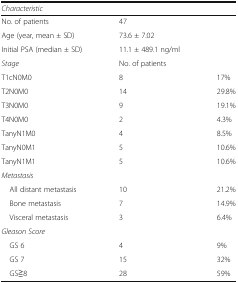
<table><thead><tr><td colspan="3"><b><i>Characteristic</i></b></td></tr></thead><tbody><tr><td>No. of patients</td><td>47</td><td></td></tr><tr><td>Age (year, mean ± SD)</td><td>73.6 ± 7.02</td><td></td></tr><tr><td>Initial PSA (median ± SD)</td><td>11.1 ± 489.1 ng/ml</td><td></td></tr><tr><td><i>Stage</i></td><td>No. of patients</td><td></td></tr><tr><td>T1cN0M0</td><td>8</td><td>17%</td></tr><tr><td>T2N0M0</td><td>14</td><td>29.8%</td></tr><tr><td>T3N0M0</td><td>9</td><td>19.1%</td></tr><tr><td>T4N0M0</td><td>2</td><td>4.3%</td></tr><tr><td>TanyN1M0</td><td>4</td><td>8.5%</td></tr><tr><td>TanyN0M1</td><td>5</td><td>10.6%</td></tr><tr><td>TanyN1M1</td><td>5</td><td>10.6%</td></tr><tr><td colspan="3"><i>Metastasis</i></td></tr><tr><td> All distant metastasis</td><td>10</td><td>21.2%</td></tr><tr><td> Bone metastasis</td><td>7</td><td>14.9%</td></tr><tr><td> Visceral metastasis</td><td>3</td><td>6.4%</td></tr><tr><td colspan="3"><i>Gleason Score</i></td></tr><tr><td> GS 6</td><td>4</td><td>9%</td></tr><tr><td> GS 7</td><td>15</td><td>32%</td></tr><tr><td> GS≧8</td><td>28</td><td>59%</td></tr></tbody></table>